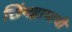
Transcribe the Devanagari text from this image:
छिंगहायाची